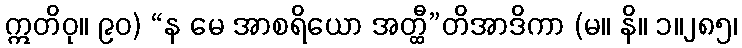
ဣတိဝု။ ၉၀) “န မေ အာစရိယော အတ္ထီ”တိအာဒိကာ (မ။ နိ။ ၁။၂၈၅၊